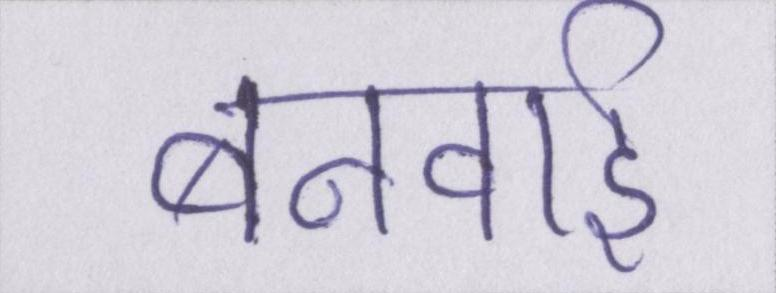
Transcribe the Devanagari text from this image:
बनवाई